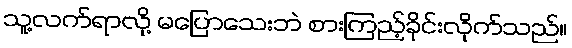
သူ့လက်ရာလို့ မပြောသေးဘဲ စားကြည့်ခိုင်းလိုက်သည်။